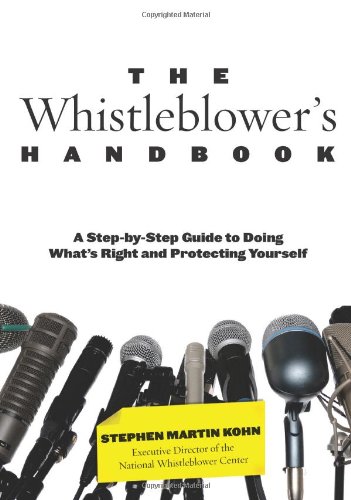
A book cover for Whistleblower's Handbook: A Step-By-Step Guide To Doing What's Right And Protecting Yourself; Stephen Kohn; Law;